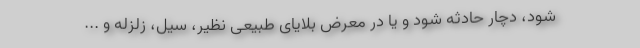
شود، دچار حادثه شود و یا در معرض بلایای طبیعی نظیر، سیل، زلزله و ...